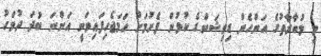
މި މުބާރާތުގެ އަންހެން ޑިވިޝަންގެ ކުޅުން ފެށުމަށް ހަމަޖެހިފައިވަނީ އަންނަ ބުދަ ދުވަހު